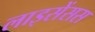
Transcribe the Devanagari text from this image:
लाइसेंसस